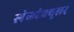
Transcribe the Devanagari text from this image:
स्पेकटेक्युलर